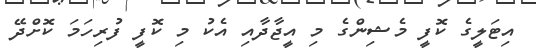
އިޓަލީގެ ކޮފީ މެޝިންގެ މި އީޖާދާއި އެކު މި ކޮފީ ފުރިހަމަ ކޮށްދޭ